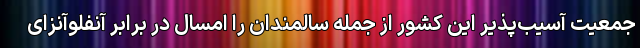
جمعیت آسیب‌پذیر این کشور از جمله سالمندان را امسال در برابر آنفلوآنزای